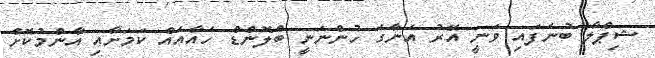
ޝިޕްލާ ބުނެފައި ވަނީ އޭރު އެނާގެ ހުންނަނީ ބްލޮންޑް ހެއާއެއް ކަމަށާއި އާންމުކޮށް